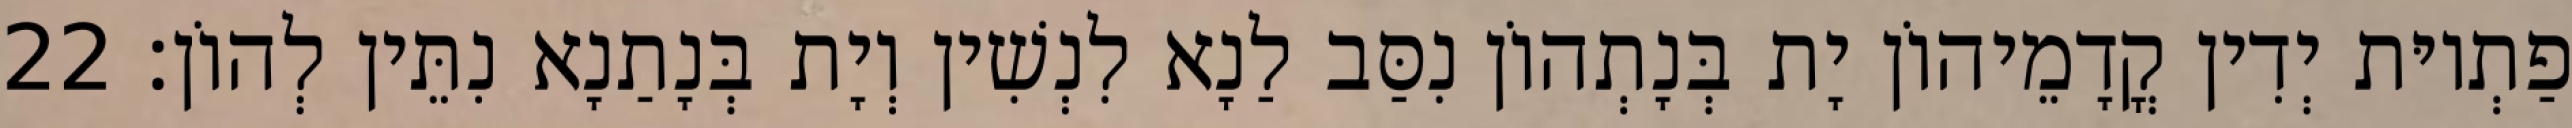
פַתְיוּת יְדִין קֳדָמֵיהוֹן יָת בְּנָתְהוֹן נִסַּב לַנָא לִנְשִׁין וְיָת בְּנָתַנָא נִתֵּין לְהוֹן׃ 22